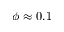
\phi \approx 0 . 1